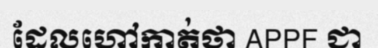
ដែលហៅកាត់ថា APPF ជា